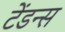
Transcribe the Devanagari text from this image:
टेंडन्स